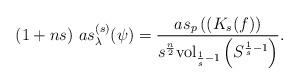
LaTeX: \begin{align*}(1+ns) \ as_{\lambda}^{(s)} (\psi) = \frac{as_{p} \left((K_s(f) \right)}{s^\frac{n}{2} \mbox{vol}_{\frac{1}{s}-1} \left(S^{\frac{1}{s}-1}\right) }.\end{align*}